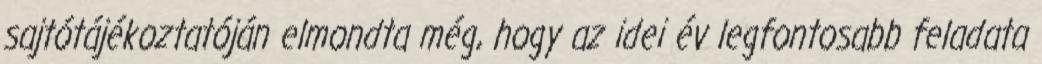
sajtótájékoztatóján elmondta még, hogy az idei év legfontosabb feladata